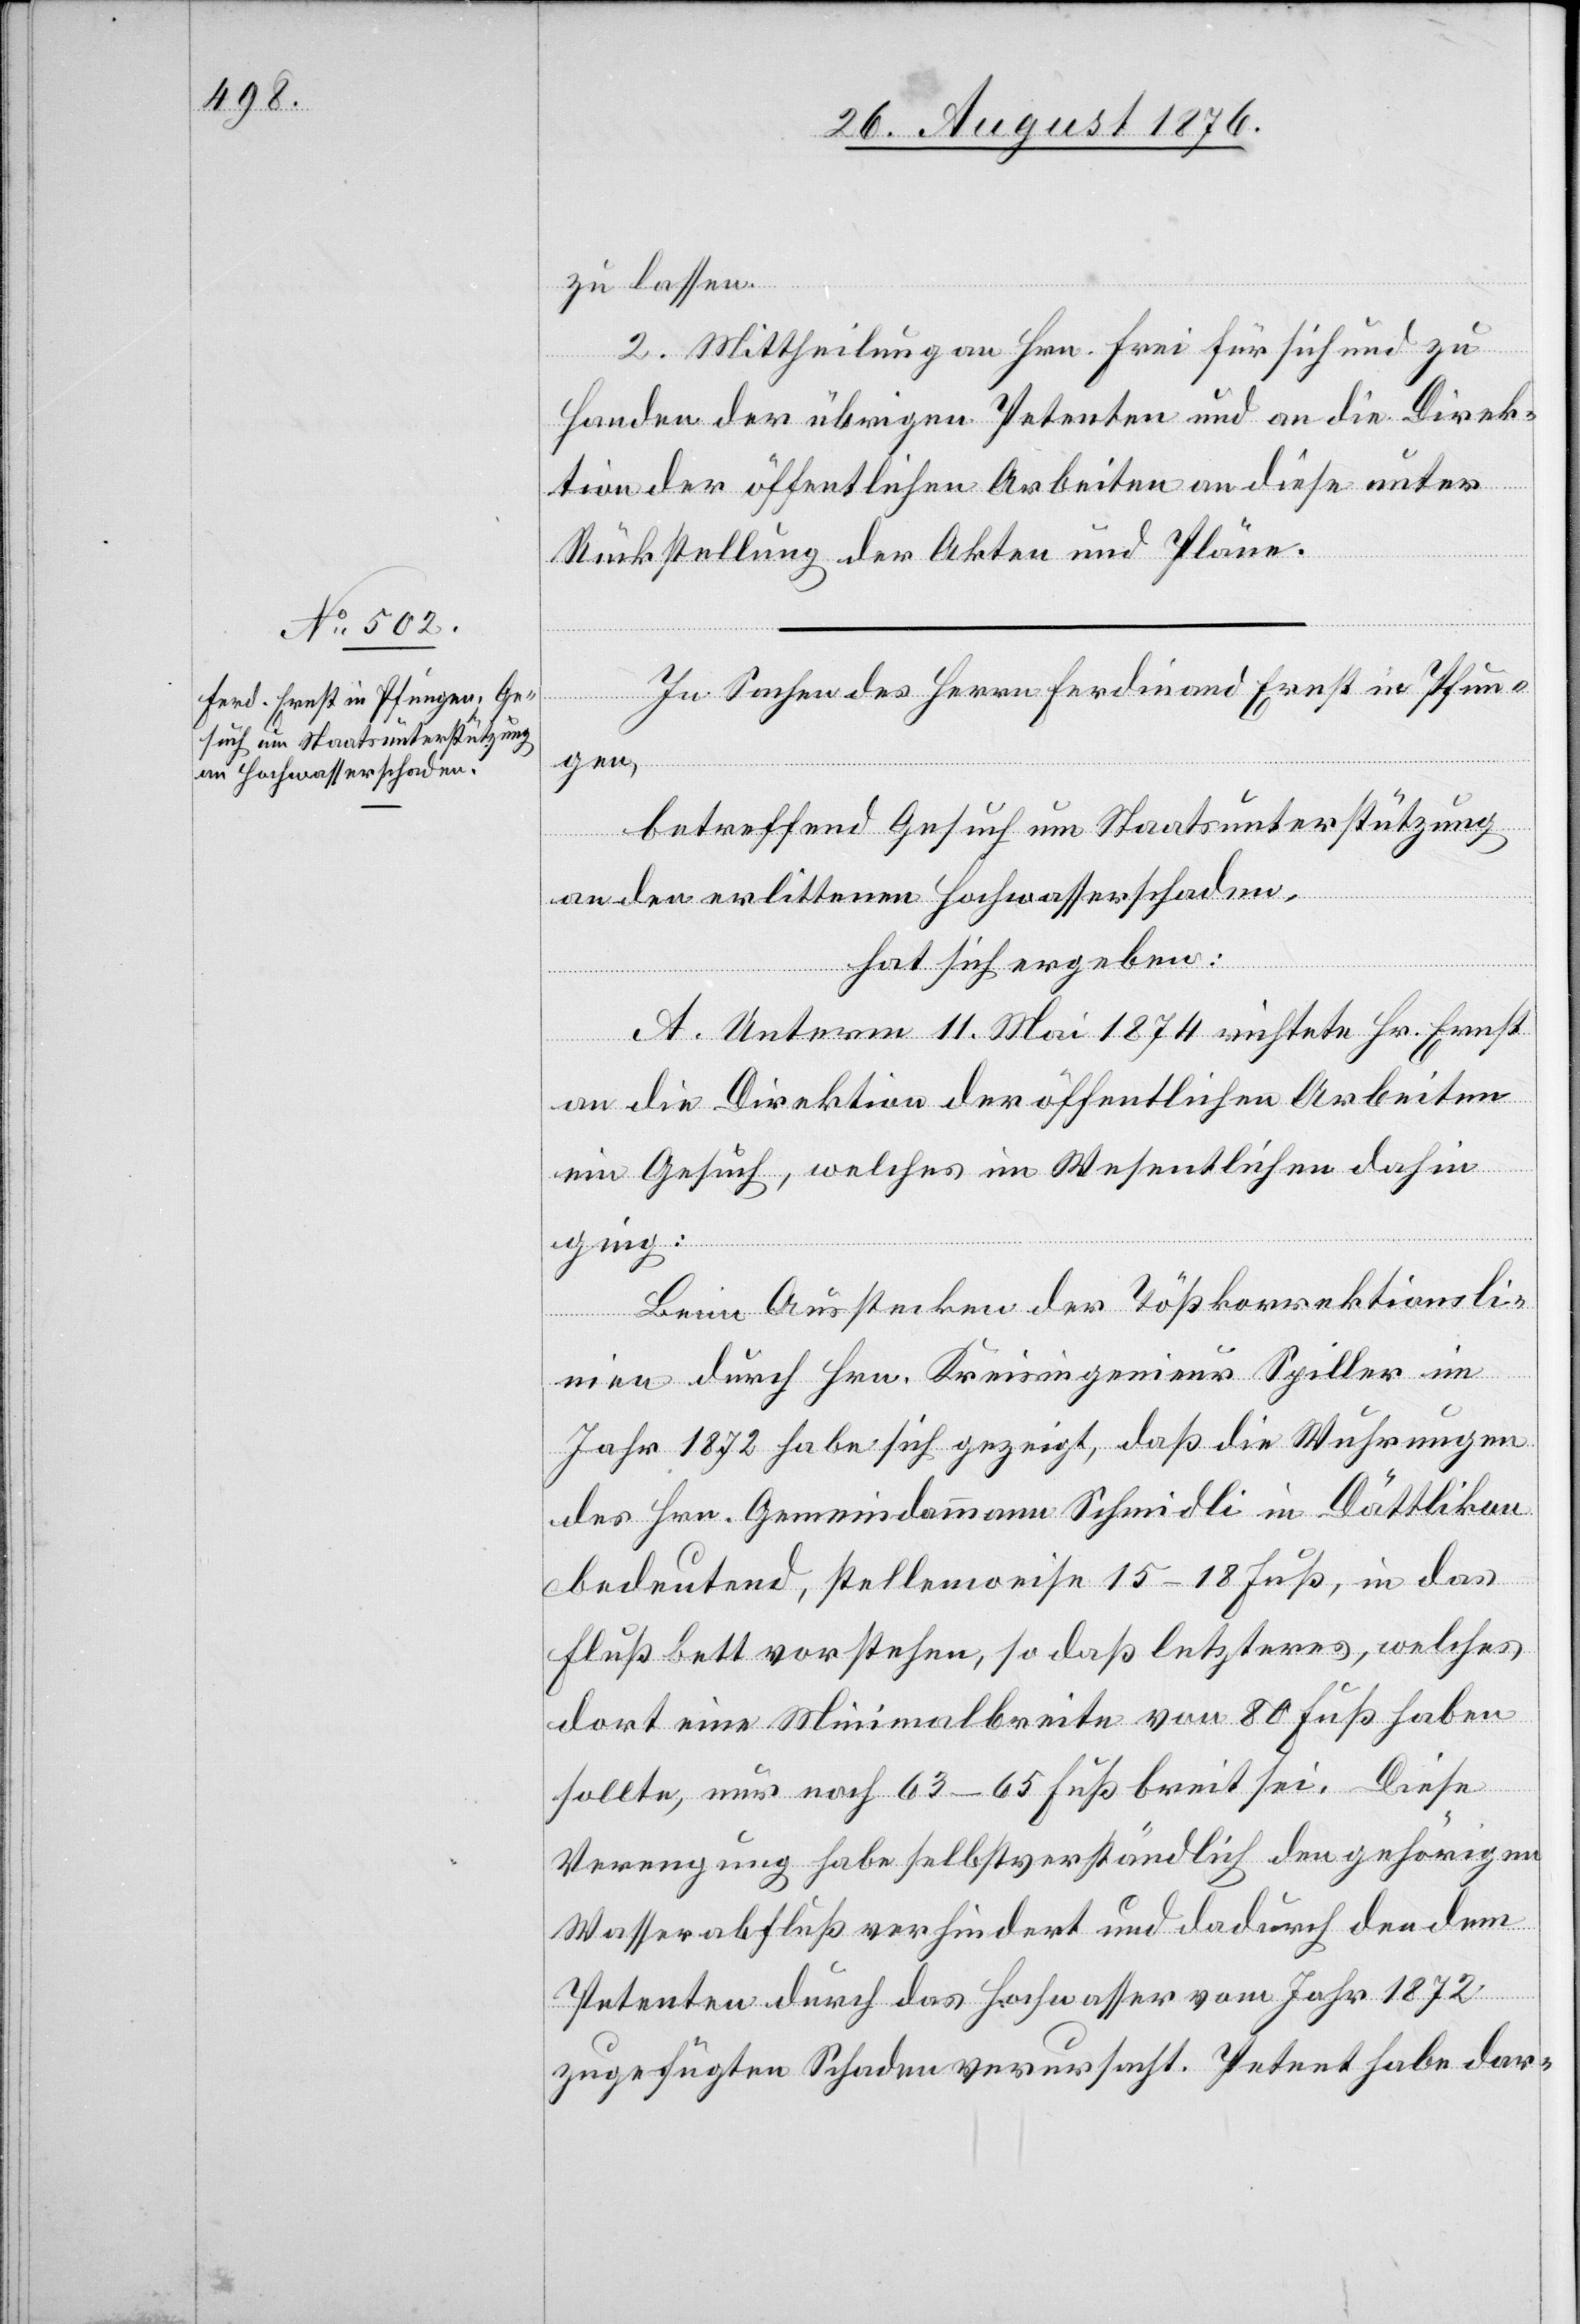
zu lassen.
2. Mittheilung an Hrn. Frei für sich und zu
Handen der übrigen Petenten und an die Direk¬
tion der öffentlichen Arbeiten an diese unter
Rückstellung der Akten und Pläne.
In Sachen des Herrn Ferdinand Ernst in Pfun¬
gen,
betreffend Gesuch um Staatsunterstützung
an den erlittenen Hochwasserschaden,
hat sich ergeben:
A. Unterm 11. Mai 1874 richtete Hr. Ernst
an die Direktion der öffentlichen Arbeiten
ein Gesuch, welches im Wesentlichen dahin
ging:
Beim Ausstecken der Tößkorrektionsli¬
nien durch Hrn. Kreisingenieur Spiller im
Jahr 1872 habe sich gezeigt, daß die Wuhrungen
des Hrn. Gemeindammann Schmidli in Dättlikon
bedeutend, stellenweise 15–18 Fuß in das
Flußbett vorstehen, so daß letzteres, welches
dort eine Minimalbreite von 80 Fuß haben
sollte, nur noch 63–65 Fuß breit sei. Diese
Verengung habe selbstverständlich den gehörigen
Wasserabfluß verhindert und dadurch den dem
Petenten durch das Hochwasser vom Jahr 1872
zugefügten Schaden verursacht. Petent habe dar-